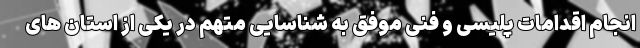
انجام اقدامات پلیسی و فنی موفق به شناسایی متهم در یکی از استان های